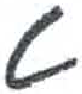
אות: ט